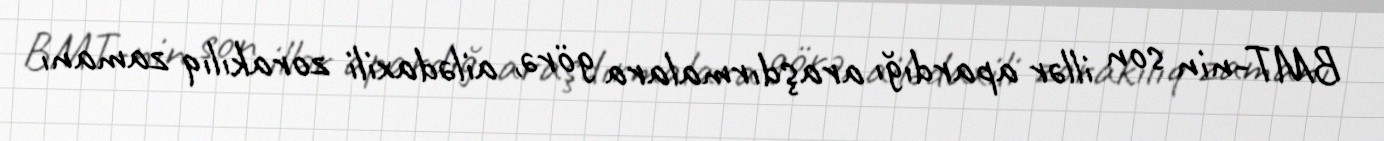
BMT-nin son illər apardığı araşdırmalara görə, ailədaxili zorakılıq zamanı